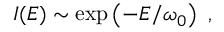
{ \cal I } ( E ) \sim \exp \left( - E / \omega _ { 0 } \right) \ ,